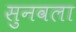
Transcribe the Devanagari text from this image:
सुनवला